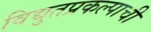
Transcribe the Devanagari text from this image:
विद्युतप्रकल्पाची